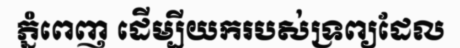
ភ្នំពេញ ដើម្បីយករបស់ទ្រព្យដែល